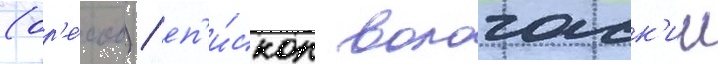
(ор'е́хов) / еп'и́скоп вологодск'ии